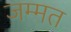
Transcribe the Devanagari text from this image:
जम्‍मत